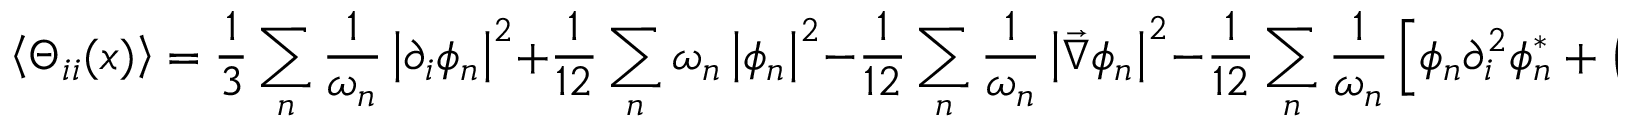
\left\langle \Theta _ { i i } ( x ) \right\rangle = \frac { 1 } { 3 } \sum _ { n } \frac { 1 } { \omega _ { n } } \left| \partial _ { i } \phi _ { n } \right| ^ { 2 } + \frac { 1 } { 1 2 } \sum _ { n } \omega _ { n } \left| \phi _ { n } \right| ^ { 2 } - \frac { 1 } { 1 2 } \sum _ { n } \frac { 1 } { \omega _ { n } } \left| \vec { \nabla } \phi _ { n } \right| ^ { 2 } - \frac { 1 } { 1 2 } \sum _ { n } \frac { 1 } { \omega _ { n } } \left[ \phi _ { n } \partial _ { i } ^ { 2 } \phi _ { n } ^ { * } + \left( \partial _ { i } ^ { 2 } \phi _ { n } \right) \phi _ { n } ^ { * } \right]